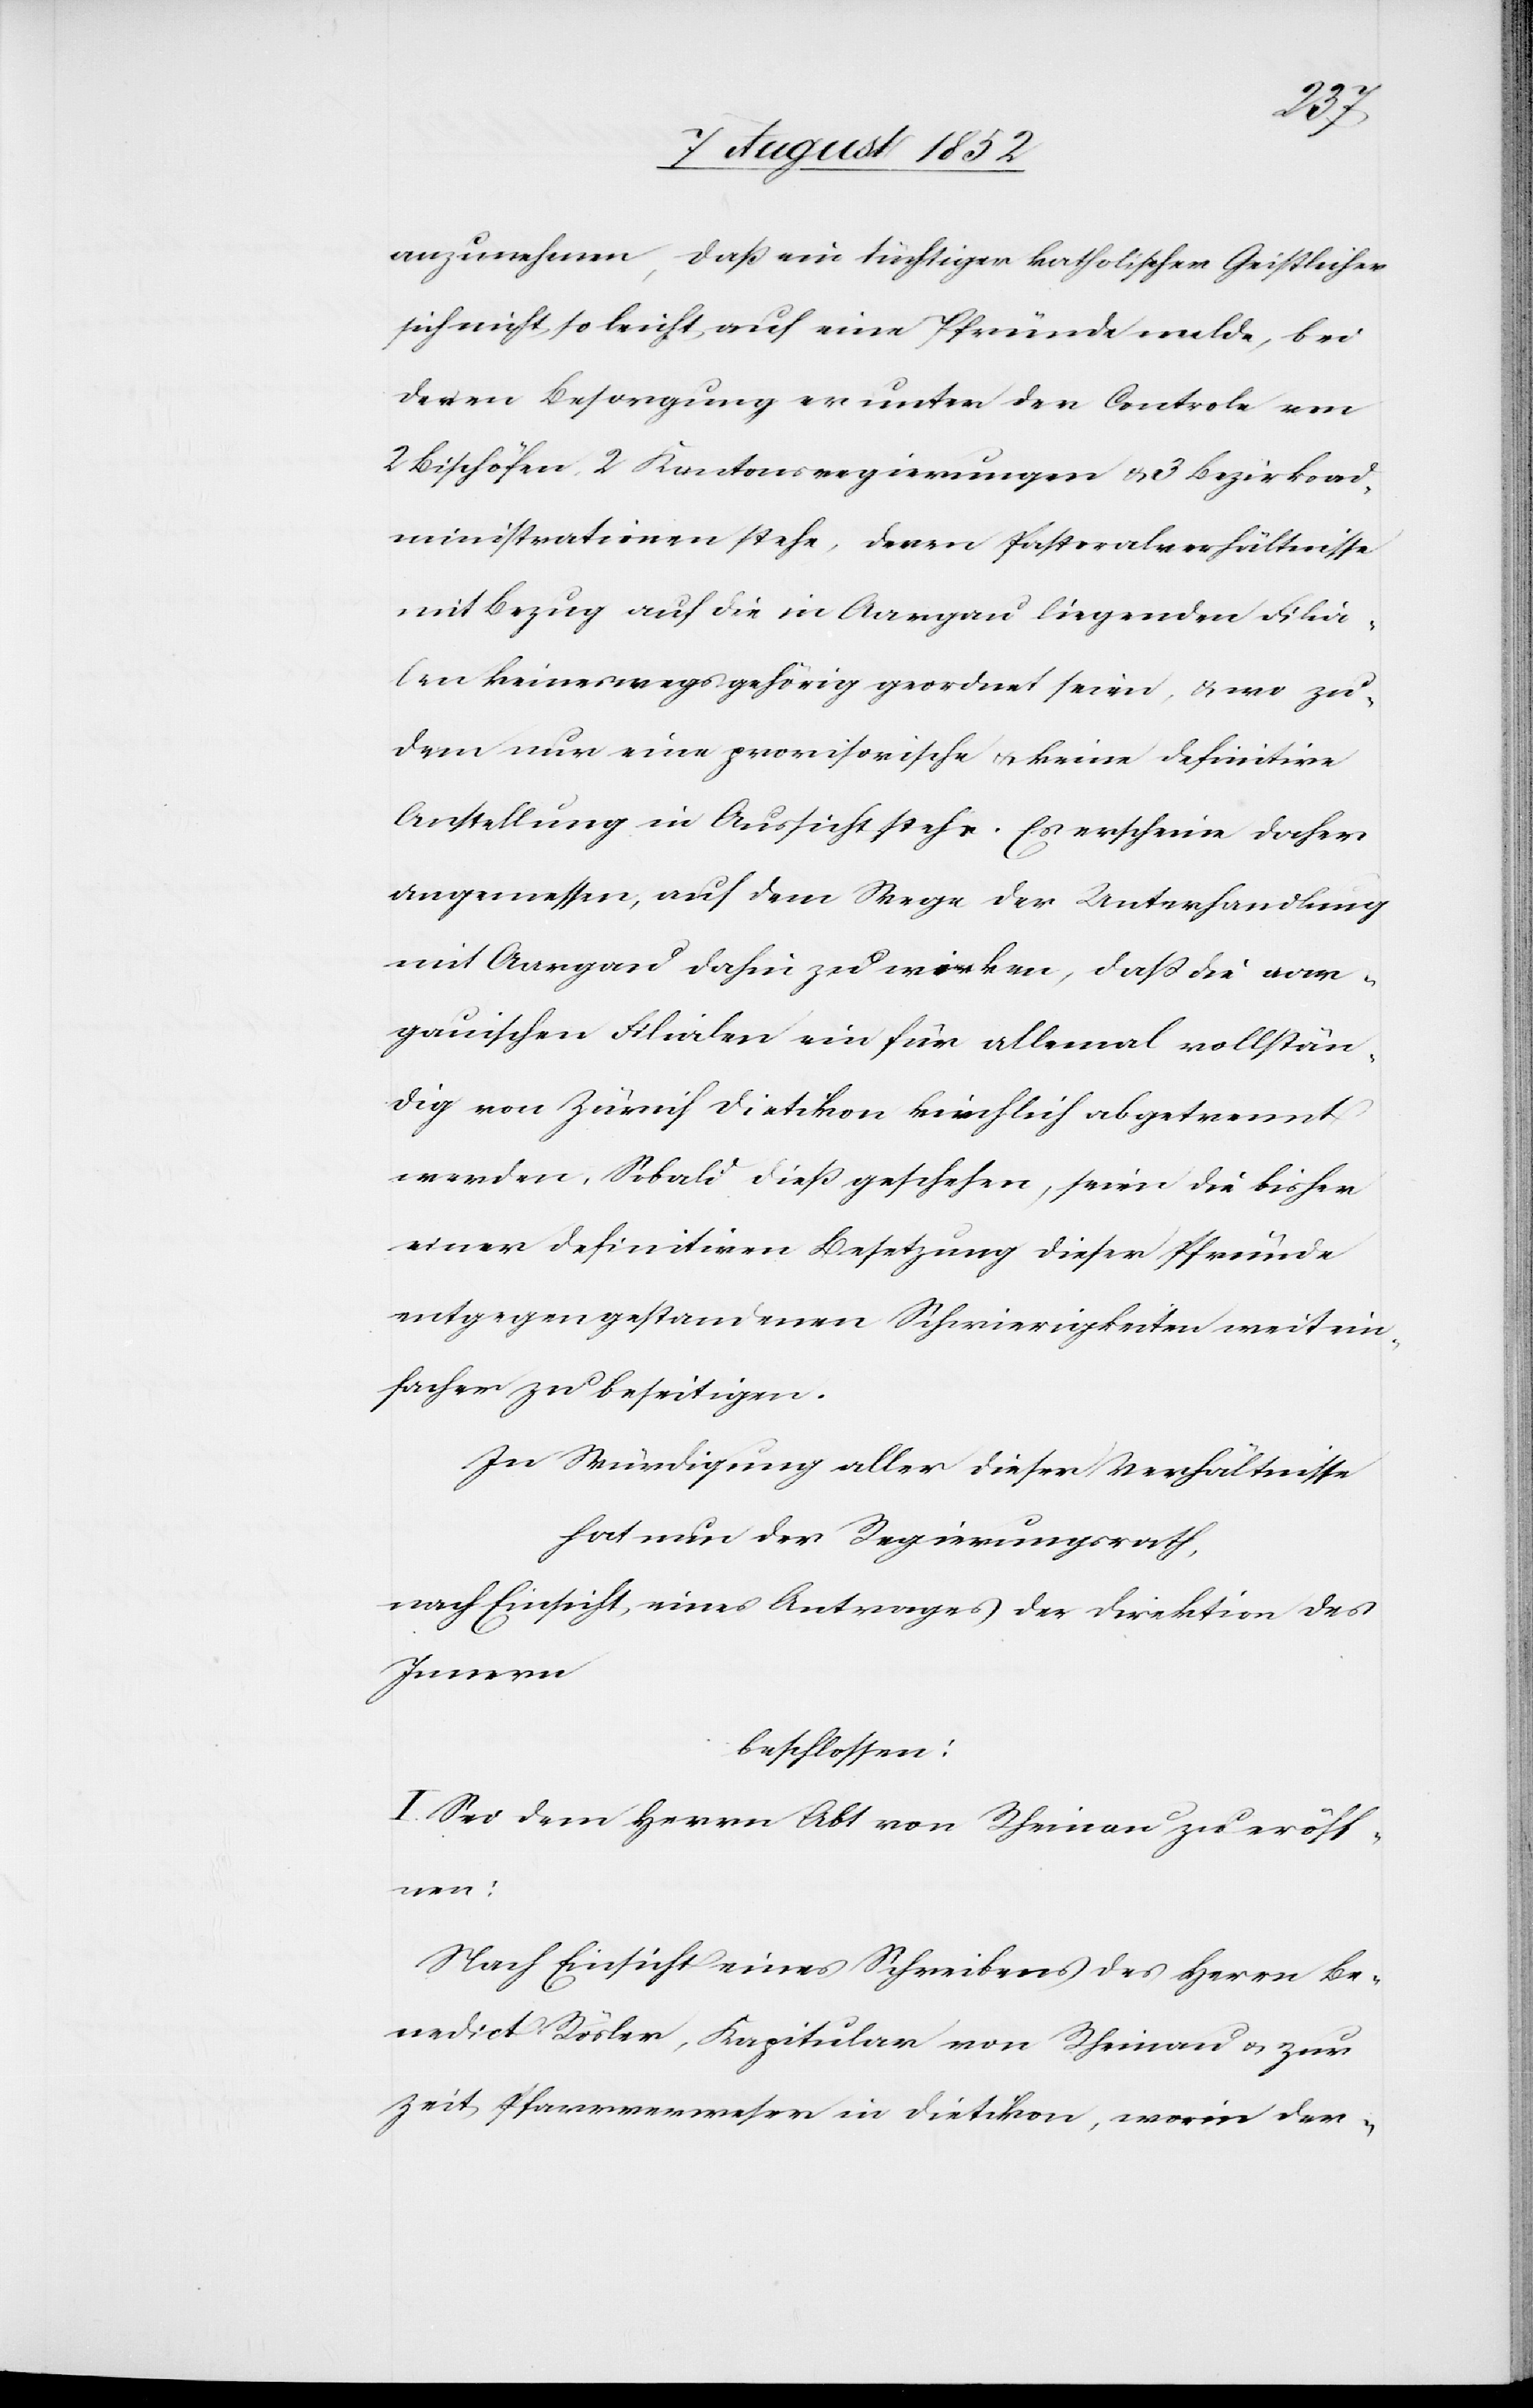
anzunehmen, daß ein tüchtiger katholischer Geistlicher
sich nicht so leicht auf eine Pfründe melde, bei
deren Besorgung er unter der Controle von
2 Bischöfen, 2 Kantonsregierungen & 3 Bezirksad¬
ministrationen stehe, deren Pastoralverhältnisse
mit Bezug auf die in Aargau liegenden Filia¬
len keineswegs gehörig geordnet seien, & wo zu¬
dem nur eine provisorische & keine definitive
Anstellung in Aussicht stehe. Es erscheine daher
angemessen, auf dem Wege der Unterhandlung
mit Aargau dahin zu wirken, daß die aar¬
gauischen Filialen ein für allemal vollstän¬
dig von Zürich Dietikon kirchlich abgetrennt
werden. Sobald dieß geschehen, seien die bisher
einer definitiven Besetzung dieser Pfründe
entgegengestandenen Schwierigkeiten weit ein¬
facher zu beseitigen.
In Würdigung aller dieser Verhältnisse
hat nun der Regierungsrath,
nach Einsicht eines Antrages der Direktion des
Innern
beschlossen:
I. Sei dem Herrn Abt von Rheinau zu eröff¬
nen:
Nach Einsicht eines Schreibens des Herrn Be¬
nedict Rösler, Kapitular von Rheinau & zur
Zeit Pfarrverweser in Dietikon, worin der-